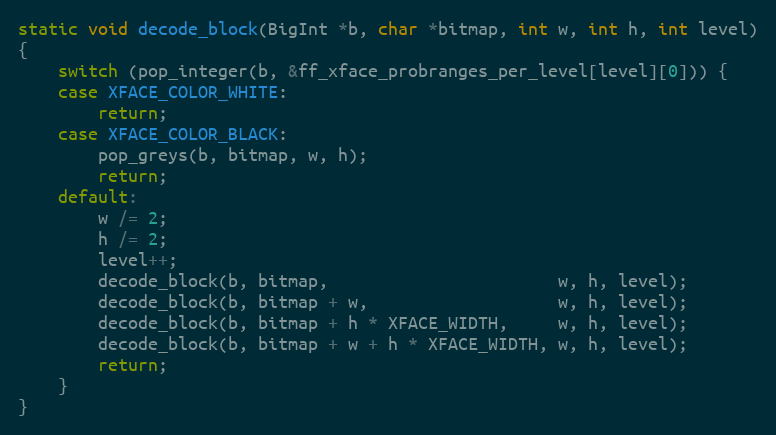
Language: C
static void decode_block(BigInt *b, char *bitmap, int w, int h, int level)
{
    switch (pop_integer(b, &ff_xface_probranges_per_level[level][0])) {
    case XFACE_COLOR_WHITE:
        return;
    case XFACE_COLOR_BLACK:
        pop_greys(b, bitmap, w, h);
        return;
    default:
        w /= 2;
        h /= 2;
        level++;
        decode_block(b, bitmap,                       w, h, level);
        decode_block(b, bitmap + w,                   w, h, level);
        decode_block(b, bitmap + h * XFACE_WIDTH,     w, h, level);
        decode_block(b, bitmap + w + h * XFACE_WIDTH, w, h, level);
        return;
    }
}